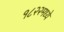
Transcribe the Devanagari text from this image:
१८२२मध्ये